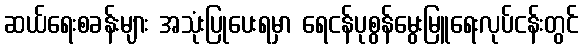
ဆယ်ရေးစခန်းများ အသုံးပြုပေးရမှာ ရေငန်ပုစွန်မွေးမြူရေးလုပ်ငန်းတွင်